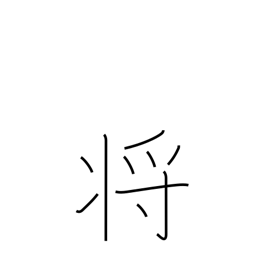
Meaning: commander